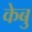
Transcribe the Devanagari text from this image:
केबु